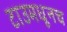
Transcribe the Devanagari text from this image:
टाउमधूनच